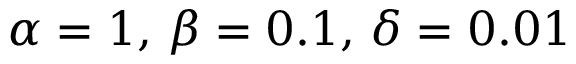
\alpha = 1 , \, \beta = 0 . 1 , \, \delta = 0 . 0 1